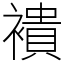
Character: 䙡